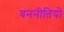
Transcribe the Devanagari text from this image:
वननीतियों